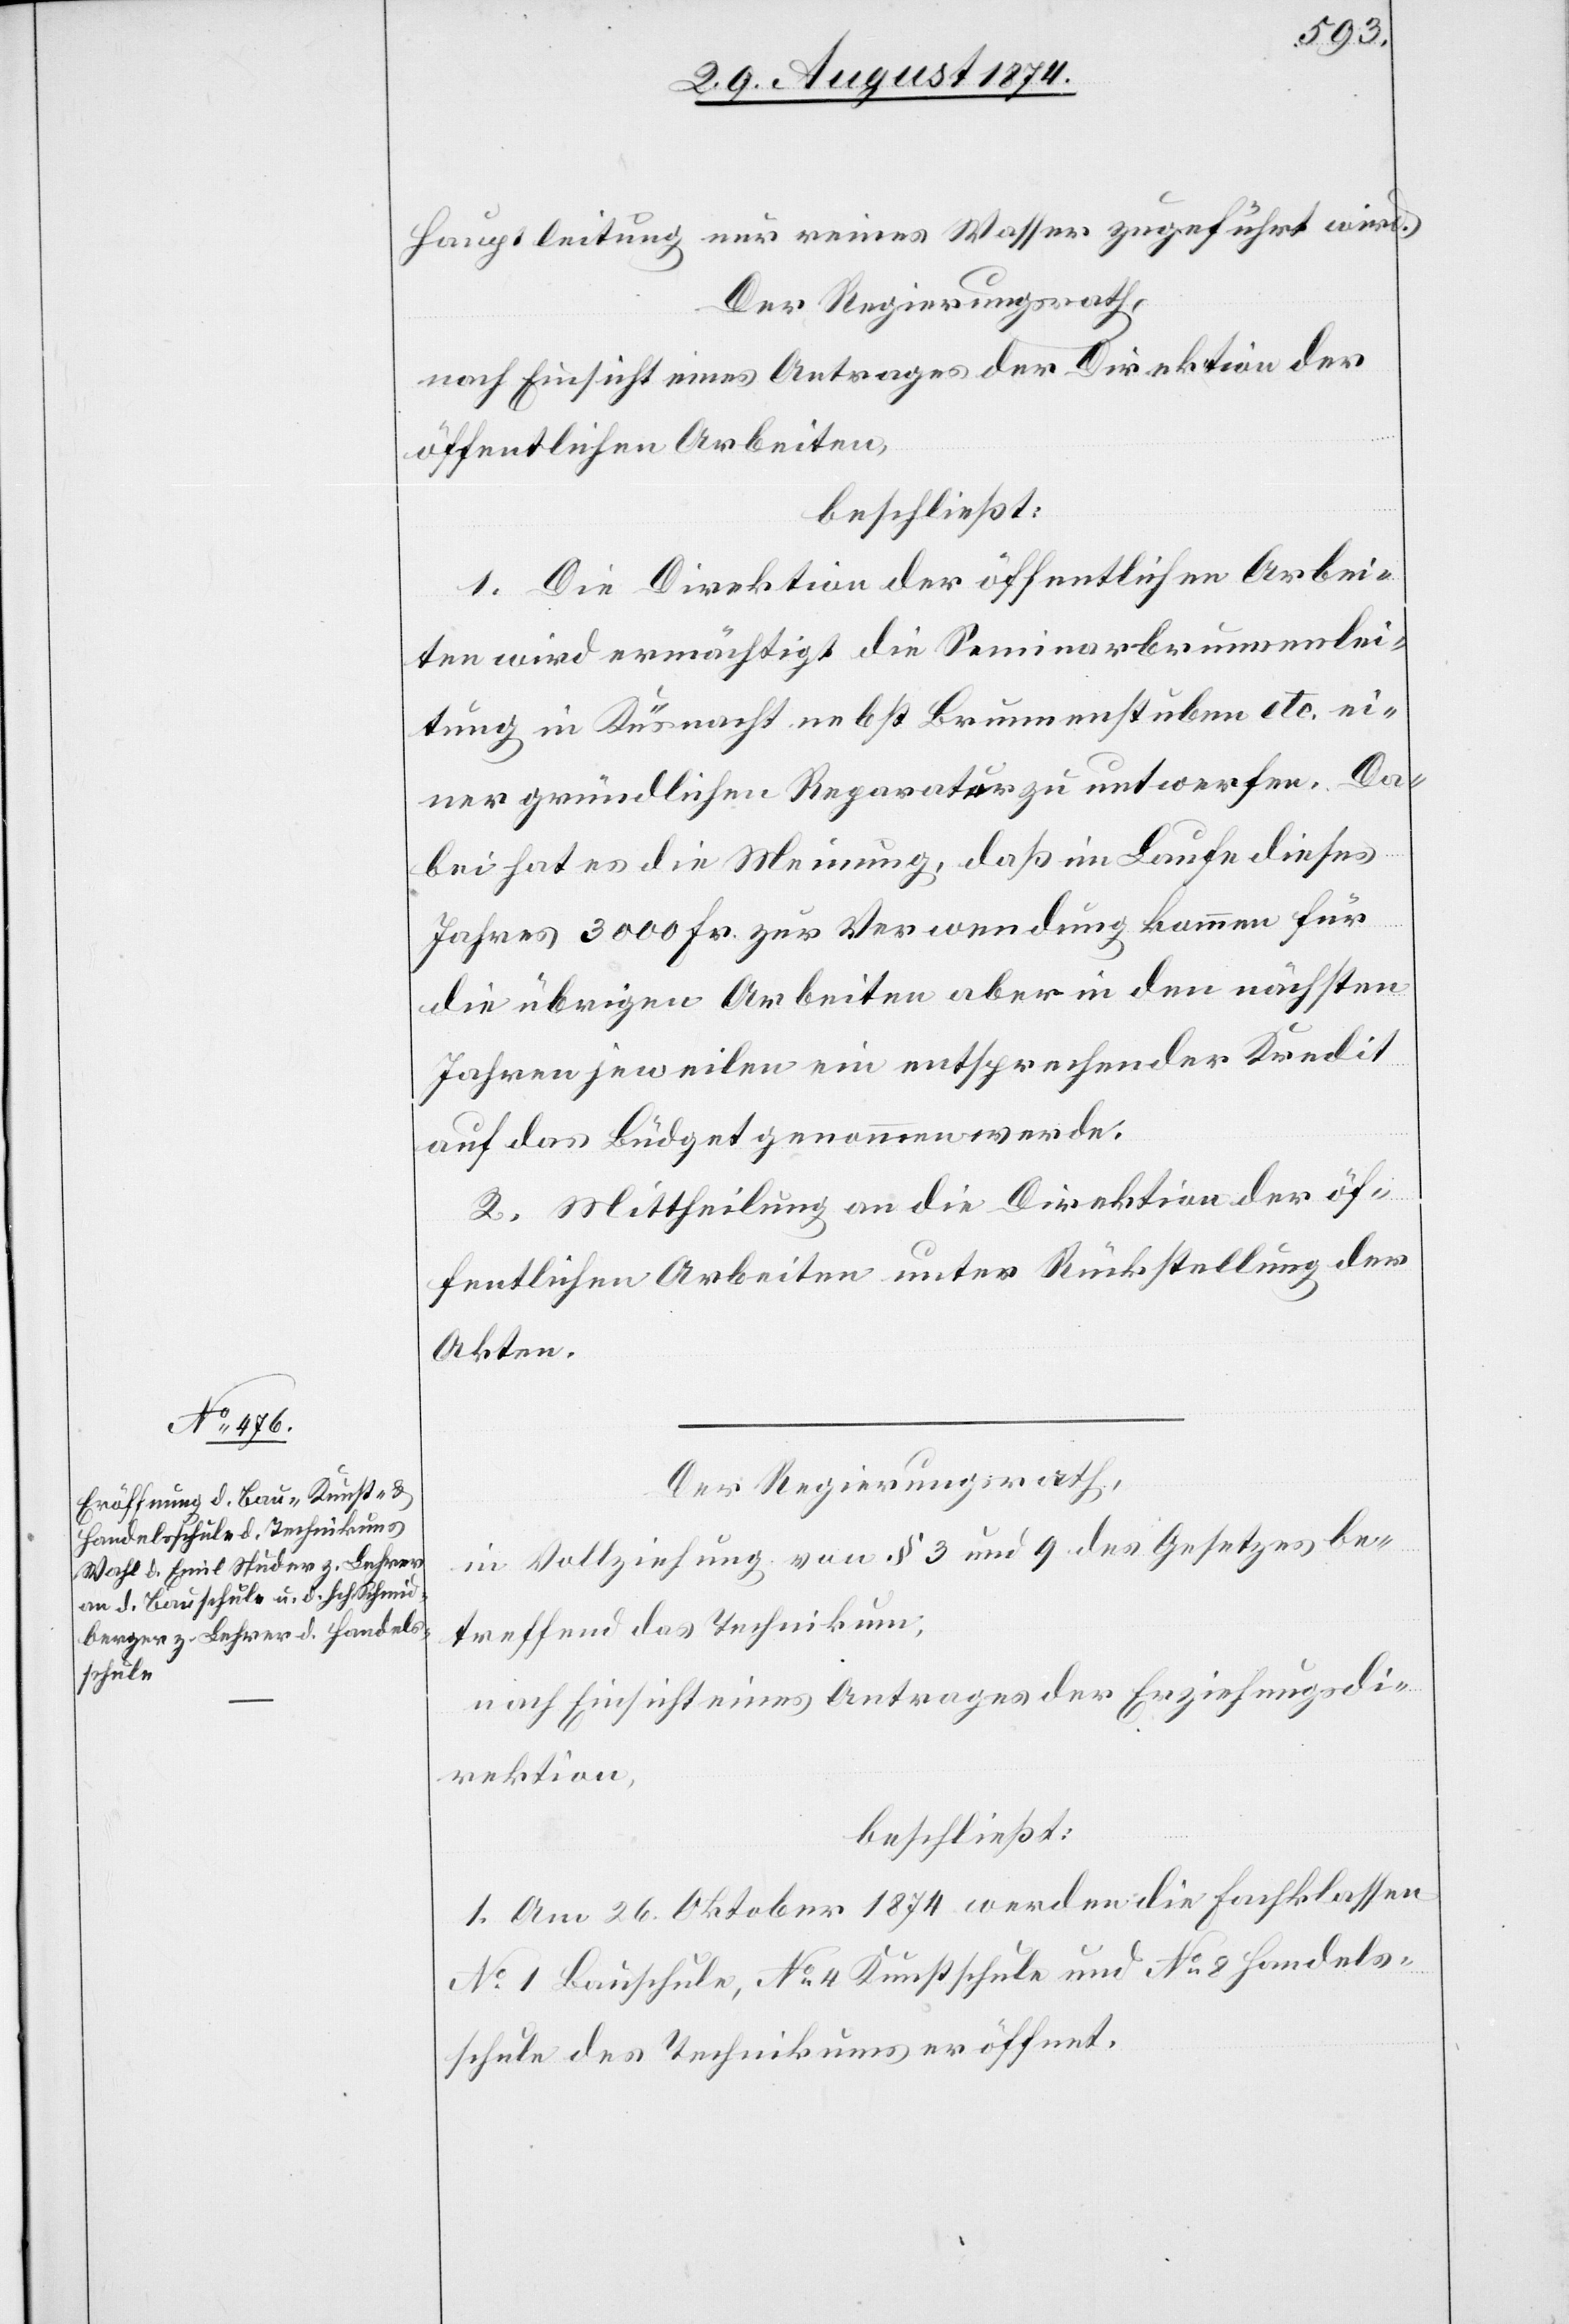
Hauptleitung nur reines Wasser zugeführt wird.
Der Regierungsrath,
nach Einsicht eines Antrages der Direktion der
öffentlichen Arbeiten,
beschließt:
1. Die Direktion der öffentlichen Arbei¬
ten wird ermächtigt die Seminarbrunnenlei¬
tung in Küsnacht nebst Brunnenstuben etc. ei¬
ner gründlichen Reparatur zu unt[er]werfen. Da¬
bei hat es die Meinung, daß im Laufe dieses
Jahres 3000 Fr. zur Verwendung kommen für
die übrigen Arbeiten aber in den nächsten
Jahren jeweilen ein entsprechender Kredit
auf das Büdget genommen werde.
2. Mittheilung an die Direktion der öf¬
fentlichen Arbeiten unter Rückstellung der
Akten.
Der Regierungsrath,
in Vollziehung von § 3 und 9 des Gesetzes be¬
treffend das Technikum,
nach Einsicht eines Antrages der Erziehungsdi¬
rektion,
beschließt:
1. Am 26. Oktober 1874 werden die Fachklassen
No 1 Bauschule, No 4 Kunstschule und No 8 Handels¬
schule des Technikums eröffnet.